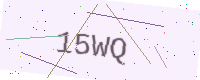
Text: 15WQ